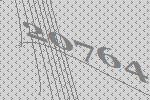
20764